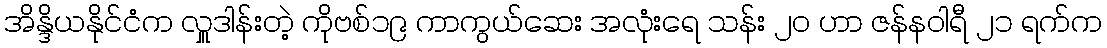
အိန္ဒိယနိုင်ငံက လှူဒါန်းတဲ့ ကိုဗစ်၁၉ ကာကွယ်ဆေး အလုံးရေ သန်း ၂၀ ဟာ ဇန်နဝါရီ ၂၁ ရက်က